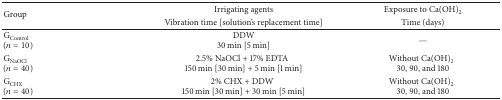
| <ROWSPAN=2> Group | Irrigating agents | Exposure to Ca(OH)2 |
 | Vibration time [solution's replacement time] | Time (days) |
 | --- | --- | --- |
 | GControl(n = 10) | DDW 30 min [5 min] | — |
 | GNaOCl(n = 40) | 2.5% NaOCl + 17% EDTA150 min [30 min] + 5 min [1 min] | Without Ca(OH)230, 90, and 180 |
 | GCHX(n = 40) | 2% CHX + DDW150 min [30 min] + 30 min [5 min] | Without Ca(OH)230, 90, and 180 |